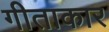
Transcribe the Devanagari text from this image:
गीताकार